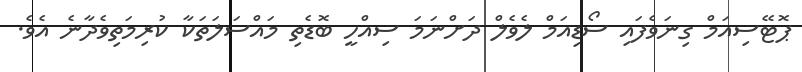
ޕޮޓޭސިއަމް ގިނަވެފައި ސޯޑިއަމް ލެވެލް ދަށްނަމަ ސިއްހީ ބޮޑެތި މައްސަލަތަކާ ކުރިމަތިވެދާނެ އެވެ.